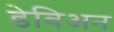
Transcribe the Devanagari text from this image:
डेविअन